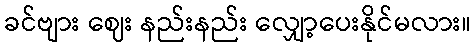
ခင်ဗျား ဈေး နည်းနည်း လျှော့ပေးနိုင်မလား။